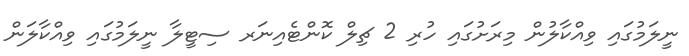
ނީލަމުގައި ވިއްކާލުން މިރަށުގައި ހުރި 2 ޗިލް ކޮންޓެއިނަރ ސިޓީލާ ނީލަމުގައި ވިއްކާލަން